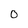
Character: o